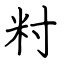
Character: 籿